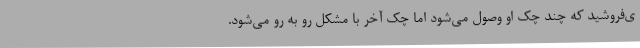
ی‌فروشید که چند چک او وصول می‌شود اما چک آخر با مشکل رو به رو می‌شود.